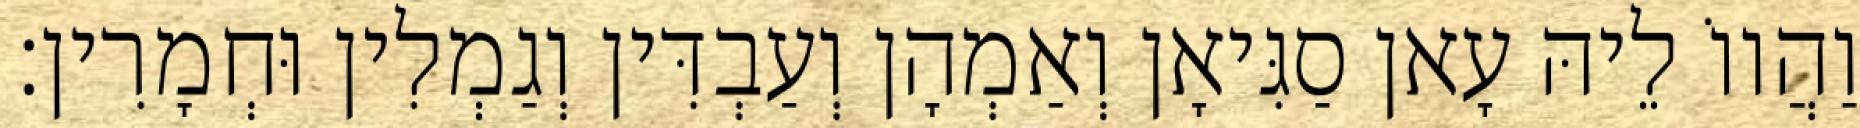
וַהֲווֹ לֵיהּ עָאן סַגִּיאָן וְאַמְהָן וְעַבְדִּין וְגַמְלִין וּחְמָרִין׃